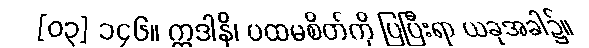
[၀၃] ၁၄၆။ ဣဒါနိ၊ ပထမစိတ်ကို ပြပြီးရာ ယခုအခါ၌။